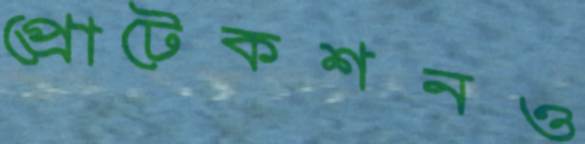
প্রোটেকশনও